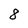
Character: 8